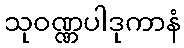
သုဝဏ္ဏပါဒုကာနံ